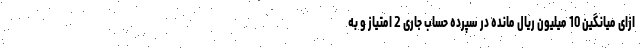
ازای میانگین 10 میلیون ریال مانده در سپرده حساب جاری 2 امتیاز و به